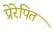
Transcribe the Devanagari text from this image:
प्रेरेपित